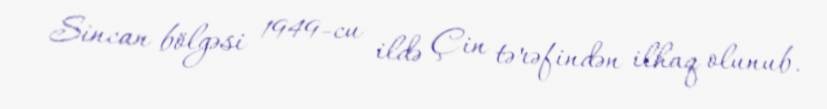
Sincan bölgəsi 1949-cu ildə Çin tərəfindən ilhaq olunub.